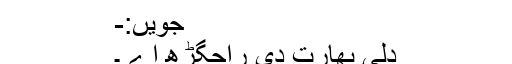
جویں:-
دلی بھارت دی راجگڑھ اے ۔